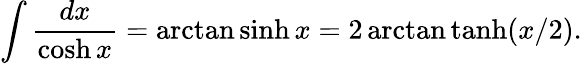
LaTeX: \displaystyle\int\displaystyle\frac{dx}{\cosh x}=\arctan\sinh x=2\arctan\operatorname{tanh}(x/2).